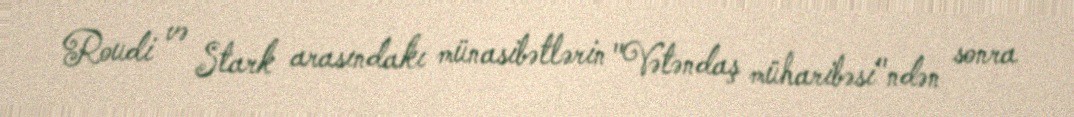
Roudi və Stark arasındakı münasibətlərin "Vətəndaş müharibəsi"ndən sonra